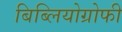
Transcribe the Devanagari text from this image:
बिब्लियोग्रोफी